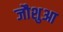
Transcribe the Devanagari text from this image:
जौशुआ